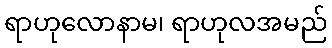
ရာဟုလောနာမ၊ ရာဟုလအမည်